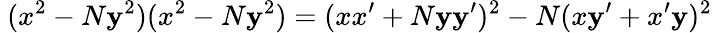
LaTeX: \ (x^{2}-N\mathbf{y}^{2})(x^{2}-N\mathbf{y}^{2})=(xx^{\prime}+N\mathbf{y}\mathbf{y}^{\prime})^{2}-N(x\mathbf{y}^{\prime}+x^{\prime}\mathbf{y})^{2}